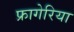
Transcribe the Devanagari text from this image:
फ्रागेरिया